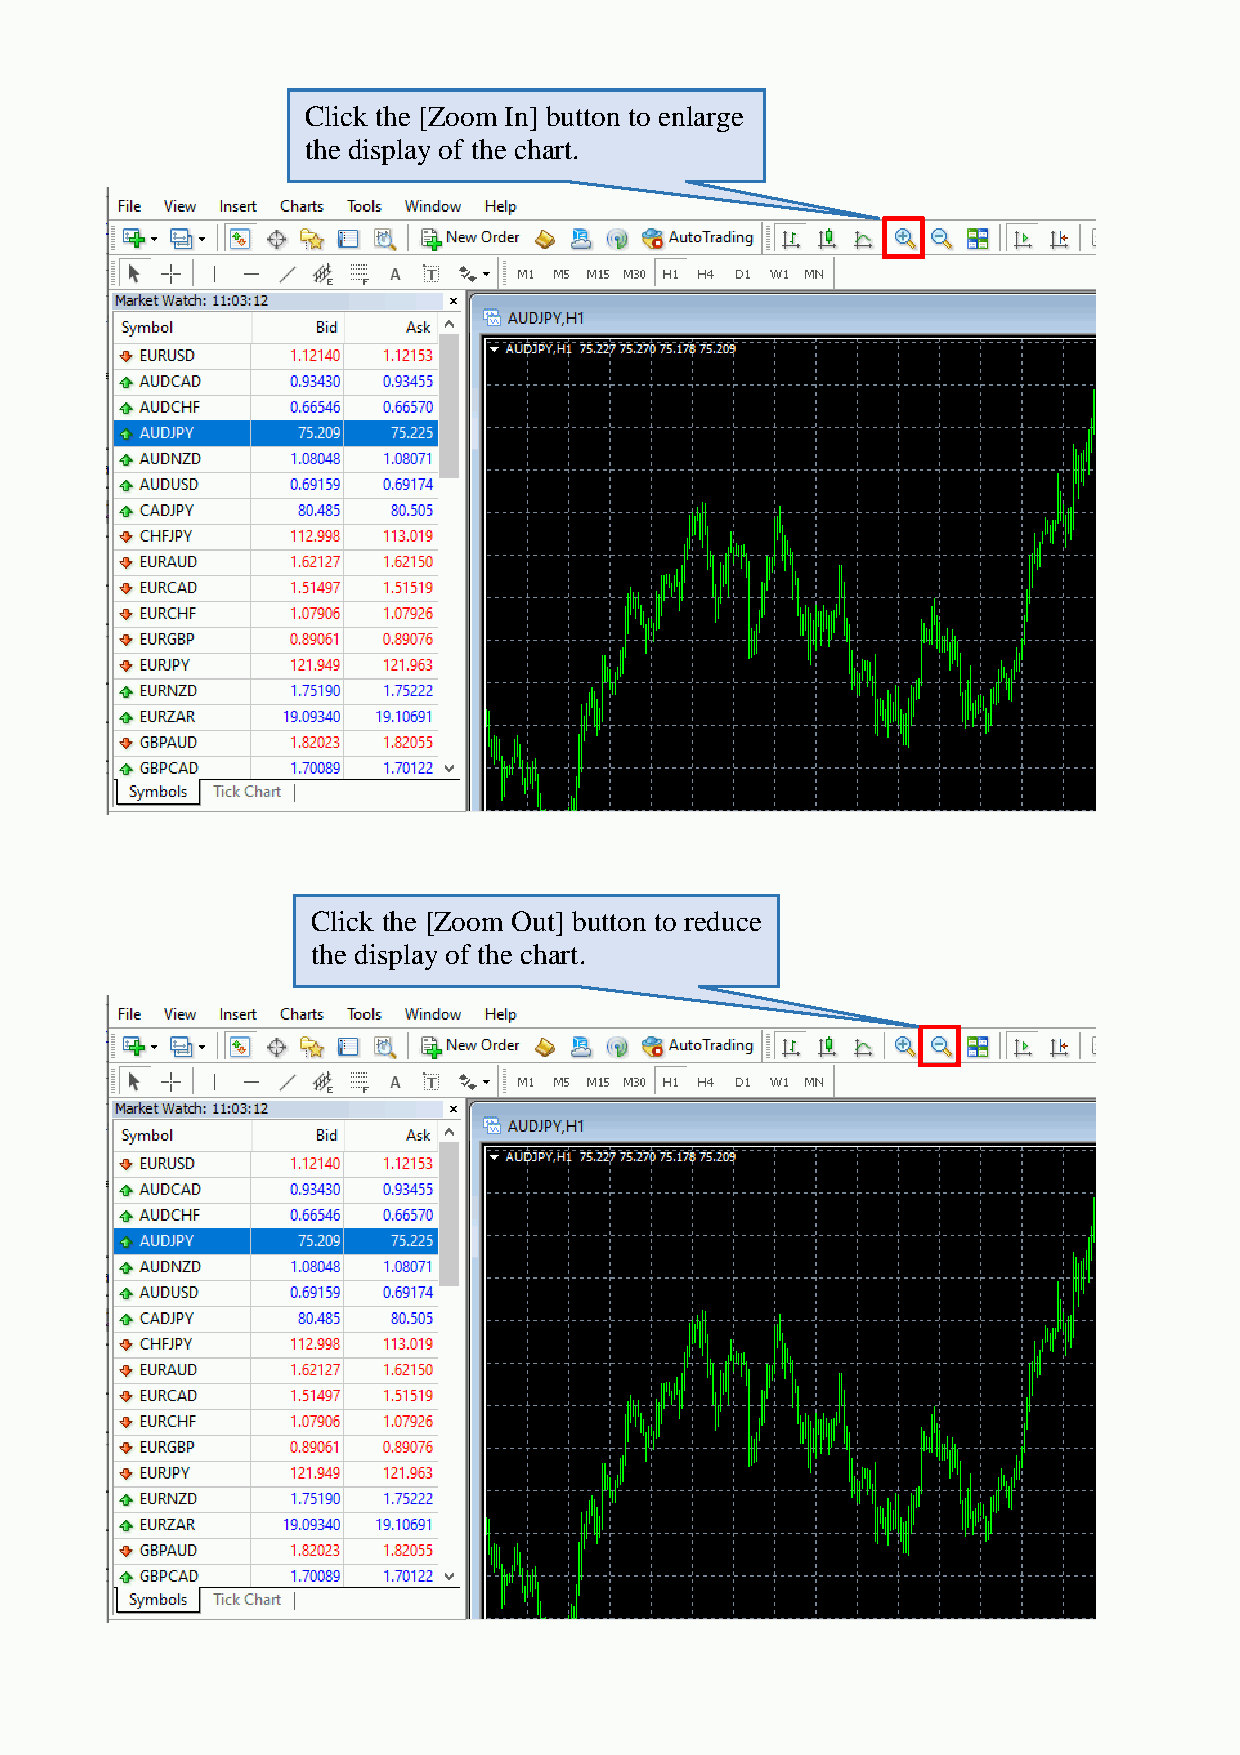
Click the [Zoom In] button to enlarge
 the display of the chart.
 Click the [Zoom Out] button to reduce
 the display of the chart.